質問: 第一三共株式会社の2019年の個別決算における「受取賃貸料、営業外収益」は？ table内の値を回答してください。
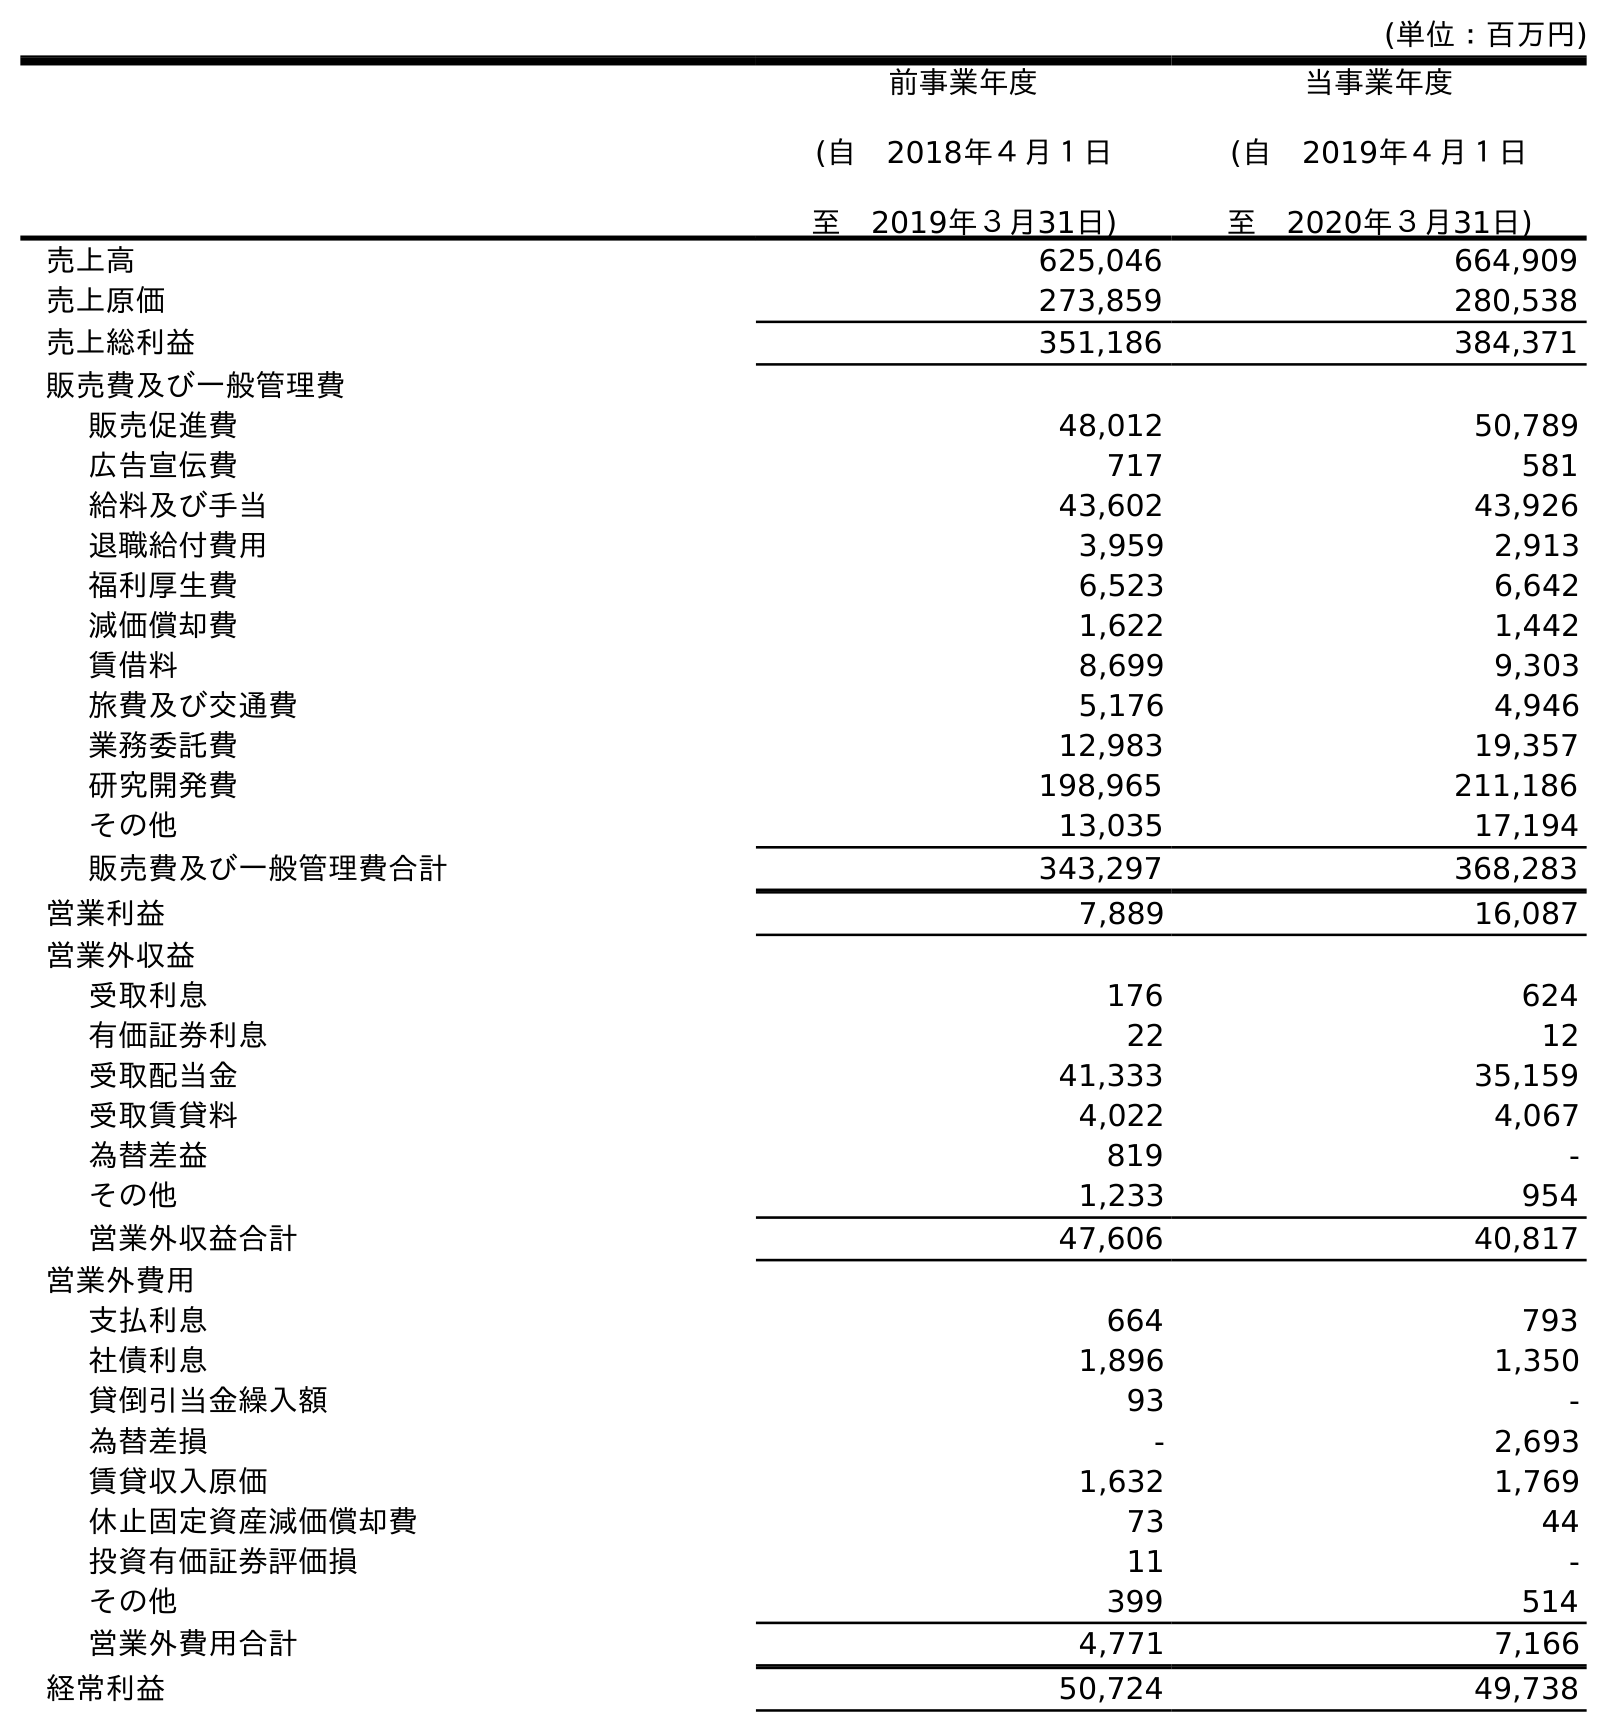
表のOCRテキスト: (単位：百万円) 前事業年度 (自 2018年４月１日 至 2019年３月31日) 当事業年度 (自 2019年４月１日 至 2020年３月31日) 売上高 625,046 664,909 売上原価 273,859 280,538 売上総利益 351,186 384,371 販売費及び一般管理費 販売促進費 48,012 50,789 広告宣伝費 717 581 給料及び手当 43,602 43,926 退職給付費用 3,959 2,913 福利厚生費 6,523 6,642 減価償却費 1,622 1,442 賃借料 8,699 9,303 旅費及び交通費 5,176 4,946 業務委託費 12,983 19,357 研究開発費 198,965 211,186 その他 13,035 17,194 販売費及び一般管理費合計 343,297 368,283 営業利益 7,889 16,087 営業外収益 受取利息 176 624 有価証券利息 22 12 受取配当金 41,333 35,159 受取賃貸料 4,022 4,067 為替差益 819 - その他 1,233 954 営業外収益合計 47,606 40,817 営業外費用 支払利息 664 793 社債利息 1,896 1,350 貸倒引当金繰入額 93 - 為替差損 - 2,693 賃貸収入原価 1,632 1,769 休止固定資産減価償却費 73 44 投資有価証券評価損 11 - その他 399 514 営業外費用合計 4,771 7,166 経常利益 50,724 49,738
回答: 4,022